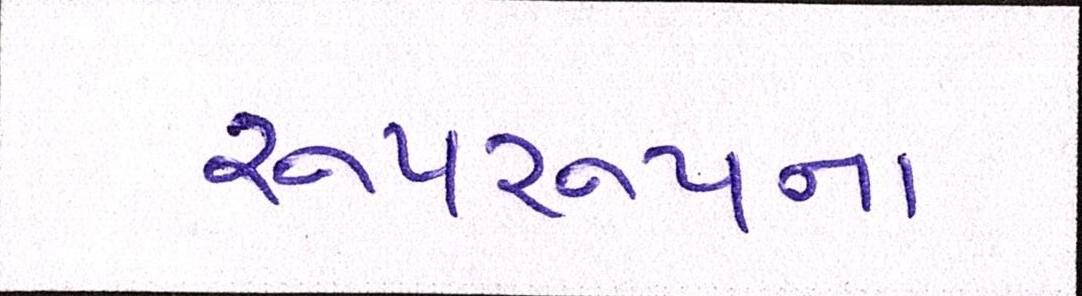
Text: રૂપરૂપના